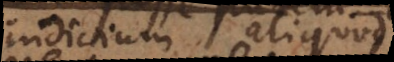
indicium aliquod